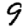
Digit: 9